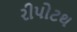
રીપોટથ